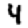
Digit: 4